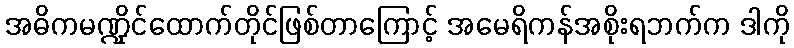
အဓိကမဏ္ဍိုင်ထောက်တိုင်ဖြစ်တာကြောင့် အမေရိကန်အစိုးရဘက်က ဒါကို